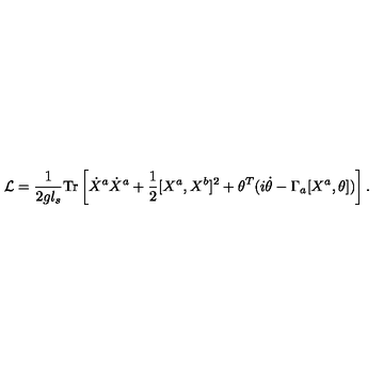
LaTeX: { \cal L } = \frac { 1 } { 2 g l _ { s } } \mathrm { T r } \left[ \dot { X } ^ { a } \dot { X } ^ { a } + \frac { 1 } { 2 } [ X ^ { a } , X ^ { b } ] ^ { 2 } + \theta ^ { T } ( i \dot { \theta } - \Gamma _ { a } [ X ^ { a } , \theta ] ) \right] .